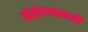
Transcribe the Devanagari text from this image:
पोहोण्यासाठी